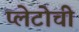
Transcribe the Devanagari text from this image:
प्लेटोची